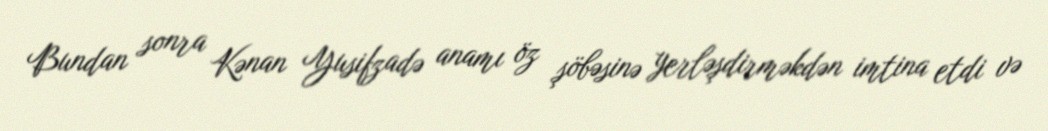
Bundan sonra Kənan Yusifzadə anamı öz şöbəsinə yerləşdirməkdən imtina etdi və